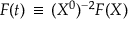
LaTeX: { \cal F } ( t ) \, \equiv \, ( X ^ { 0 } ) ^ { - 2 } F ( X )